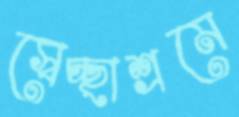
স্বেচ্ছাশ্রমে